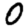
Digit: 0